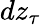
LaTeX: d{z_{\tau}}